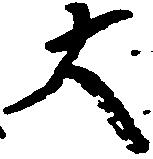
大